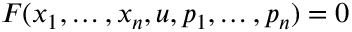
F ( x _ { 1 } , \dots , x _ { n } , u , p _ { 1 } , \dots , p _ { n } ) = 0